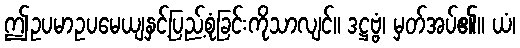
ဤဥပမာဥပမေယျနှင့်ပြည့်စုံခြင်းကိုသာလျင်။ ဒဋ္ဌဗ္ဗံ၊ မှတ်အပ်၏။ ယံ၊